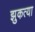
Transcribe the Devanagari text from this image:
झुकत्या